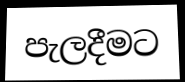
පැලදීමට